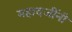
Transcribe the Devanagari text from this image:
महादजींनी